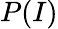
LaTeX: P(I)